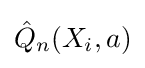
{\hat {Q}}_{n}(X_{i},a)